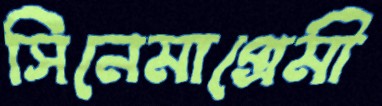
সিনেমাপ্রেমী